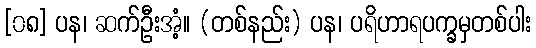
[၀၈] ပန၊ ဆက်ဦးအံ့။ (တစ်နည်း) ပန၊ ပရိဟာရပက္ခမှတစ်ပါး